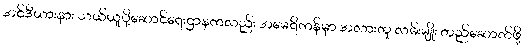
အင်ဒီယားနား သယ်ယူပို့ဆောင်ရေးဌာနကလည်း အမေရိကန်မှာ အလားတူ လမ်းမျိုး တည်ဆောက်ဖို့